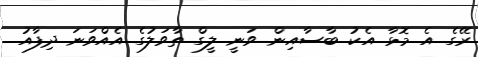
ރޭގެ އެ މޮޅާ އެކު ބާސާއިން ވަނީ ލީގް ތާވަލުގެ އެއްވަނަ ދިފާއު